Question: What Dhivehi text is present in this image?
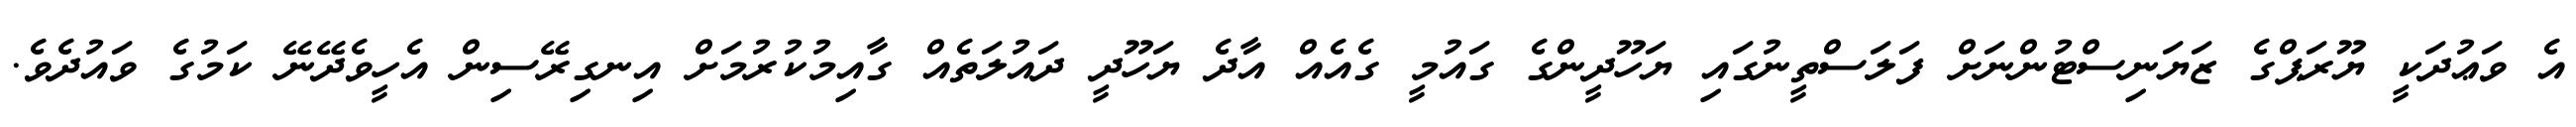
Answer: އެ ވަޢުދަކީ ޔޫރަޕްގެ ޒަޔަނިސްޓުންނަށް ފަލަސްތީނުގައި ޔަހޫދީންގެ ގައުމީ ގެއެއް އާދެ ޔަހޫދީ ދައުލަތެއް ގާއިމުކުރުމަށް އިނގިރޭސިން އެހީވެދޭނޭ ކަމުގެ ވައުދެވެ.